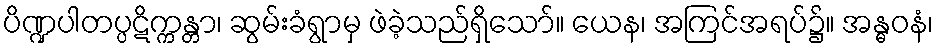
ပိဏ္ဍပါတပ္ပဋိက္ကန္တာ၊ ဆွမ်းခံရွာမှ ဖဲခဲ့သည်ရှိသော်။ ယေန၊ အကြင်အရပ်၌။ အန္ဓဝနံ၊